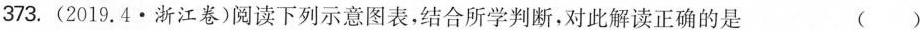
373.(2019.4·浙江卷)阅读下列示意图表，结合所学判断，对此解读正确的是 ( )